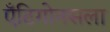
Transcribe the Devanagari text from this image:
ऍंटिगोनसला